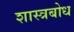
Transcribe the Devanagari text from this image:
शास्त्रबोध